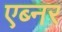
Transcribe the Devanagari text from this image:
एब्नर